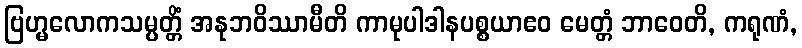
ဗြဟ္မလောကသမ္ပတ္တိံ အနုဘဝိဿာမီတိ ကာမုပါဒါနပစ္စယာဧဝ မေတ္တံ ဘာဝေတိ, ကရုဏံ,